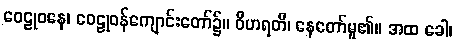
ဝေဠုဝနေ၊ ဝေဠုဝန်ကျောင်းတော်၌။ ဝိဟရတိ၊ နေတော်မူ၏။ အထ ခေါ၊